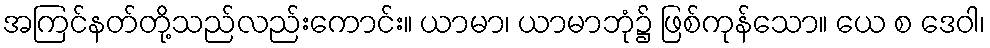
အကြင်နတ်တို့သည်လည်းကောင်း။ ယာမာ၊ ယာမာဘုံ၌ ဖြစ်ကုန်သော။ ယေ စ ဒေဝါ၊